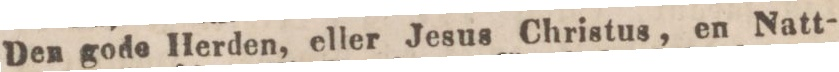
Den gode Herden, eller Jesus Christus, en Natt-